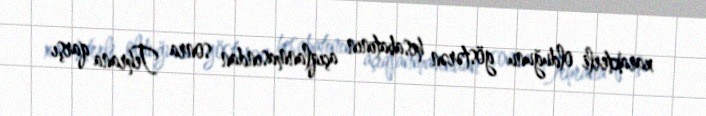
xarakterli olduğunu göstərən hesabatının açıqlanmasından sonra Tehrana qarşı